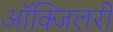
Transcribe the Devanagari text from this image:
आॅक्जिलरी